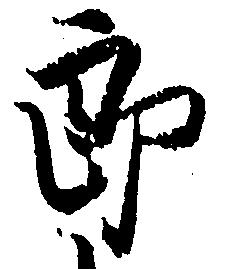
郎